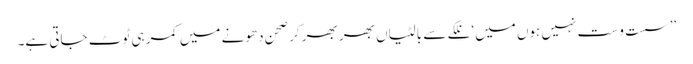
’’سست و ست نہیں ہوں میں‘ نلکے سے بالٹیاں بھر بھر کر صحن دھونے میں کمر ہی ٹوٹ جاتی ہے۔